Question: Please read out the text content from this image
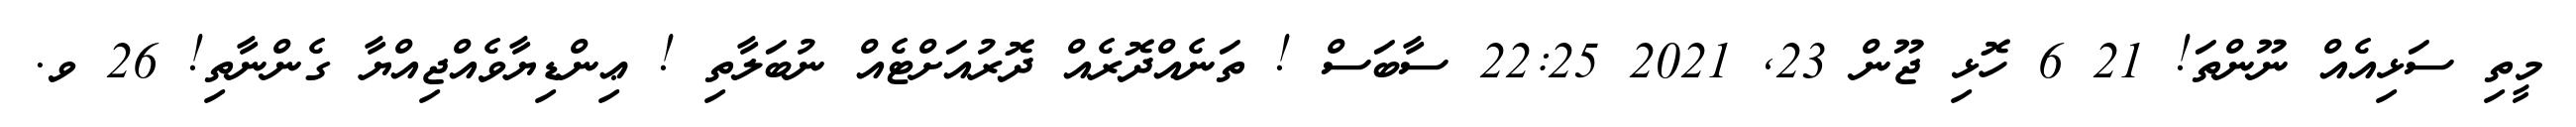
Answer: މީތި ސަޅިއެއް ނޫންތަ! 21 6 ހޮޅި ޖޫން 23, 2021 22:25 ސާބަސް ! ތަނެއްދޮރެއް ދޮރުއަށްޓެއް ނުބަލާތި ! ޢިންޑިޔާވެއްޖިއްޔާ ގެންނާތި! 26 ވ.